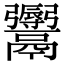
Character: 𩱨